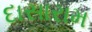
દાસારામ